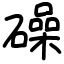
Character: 𥖨